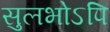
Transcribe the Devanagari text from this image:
सुलभोऽपि